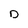
Character: D